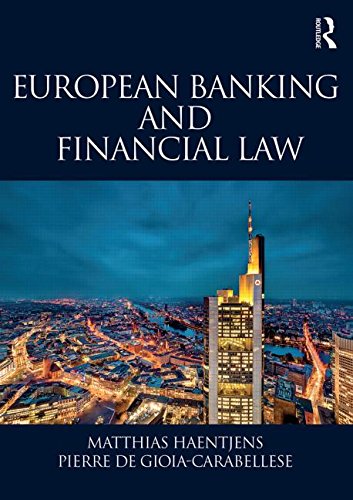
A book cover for European Banking and Financial Law; Matthias Haentjens; Law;